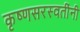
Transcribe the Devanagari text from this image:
कृष्णसरस्वतींनी